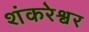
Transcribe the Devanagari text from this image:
शंकरेश्वर